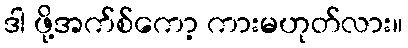
ဒါ ဖို့အက်စ်ကော့ ကားမဟုတ်လား။